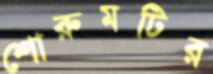
শোরুমটির